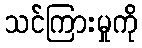
သင်ကြားမှုကို